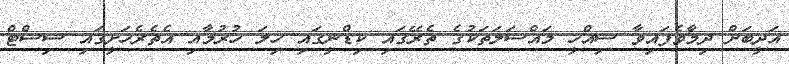
އަދީބަށް ދިމާވެފައިވާ ސިއްހީ މައްސަލަތަކުގެ ތެރޭގައި ކިޑްނީގައި ހިލަ ހުރުމާއި އެތެރެހަށީގައި ސިސްޓް